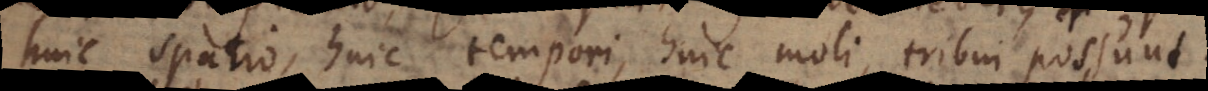
huic spatio, huic tempori, huic moli, tribui possunt.